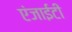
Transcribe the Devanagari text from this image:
एंजाईटी